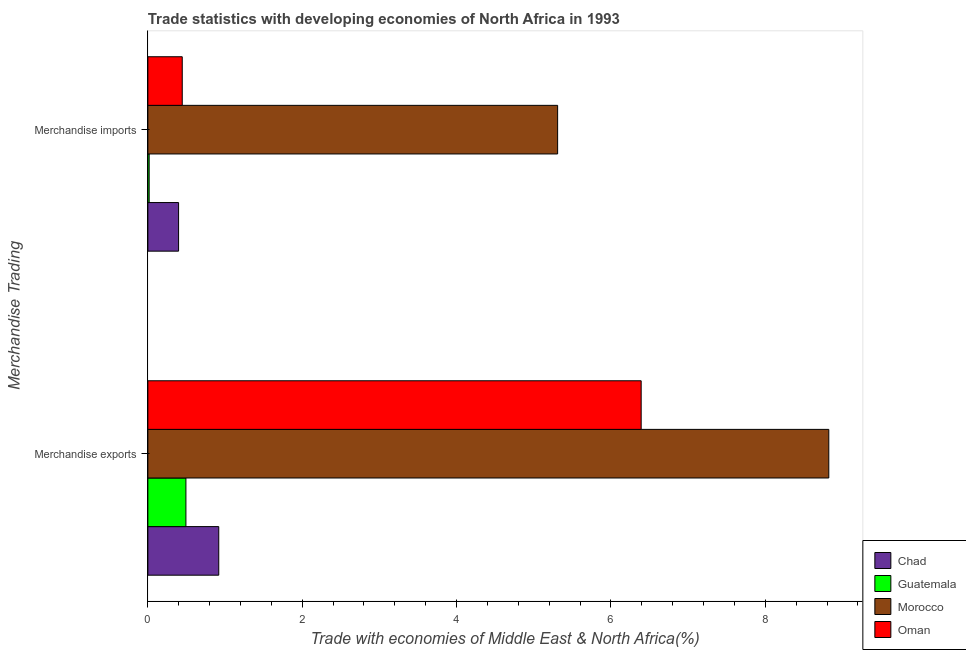
| Merchandise Trading | Chad | Guatemala | Morocco | Oman |
 | --- | --- | --- | --- | --- |
 | Merchandise exports | 0.918 | 0.493 | 8.82 | 6.39 |
 | Merchandise imports | 0.398 | 0.0168 | 5.31 | 0.446 |